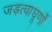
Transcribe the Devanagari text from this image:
जड़त्वाघूर्णों